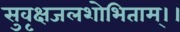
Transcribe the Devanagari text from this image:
सुवृक्षजलशोभिताम्।।